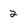
Character: 2